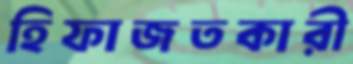
হিফাজতকারী